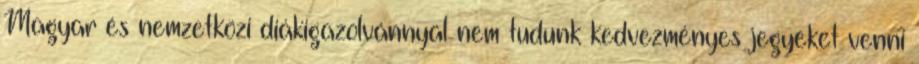
Magyar és nemzetközi diákigazolvánnyal nem tudunk kedvezményes jegyeket venni